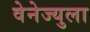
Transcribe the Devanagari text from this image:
वेनेज्युला